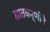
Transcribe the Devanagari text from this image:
सातकर्णीने